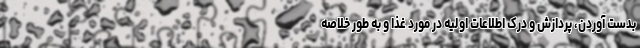
بدست آوردن، پردازش و درک اطلاعات اولیه در مورد غذا و به طور خلاصه